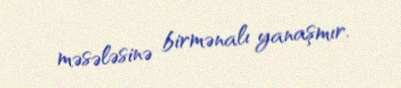
məsələsinə birmənalı yanaşmır.